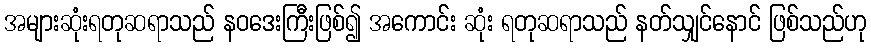
အများဆုံးရတုဆရာသည် နဝဒေးကြီးဖြစ်၍ အကောင်း ဆုံး ရတုဆရာသည် နတ်သျှင်နောင် ဖြစ်သည်ဟု